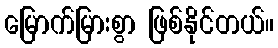
မြောက်မြားစွာ ဖြစ်နိုင်တယ်။